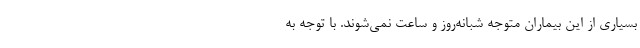
بسیاری از این بیماران متوجه شبانه‌روز و ساعت نمی‌شوند. با توجه به